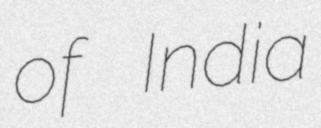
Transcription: of India